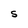
Character: S